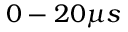
0 - 2 0 \mu s